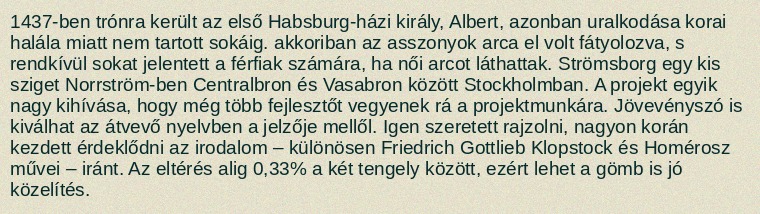
1437-ben trónra került az első Habsburg-házi király, Albert, azonban uralkodása korai halála miatt nem tartott sokáig. akkoriban az asszonyok arca el volt fátyolozva, s rendkívül sokat jelentett a férfiak számára, ha női arcot láthattak. Strömsborg egy kis sziget Norrström-ben Centralbron és Vasabron között Stockholmban. A projekt egyik nagy kihívása, hogy még több fejlesztőt vegyenek rá a projektmunkára. Jövevényszó is kiválhat az átvevő nyelvben a jelzője mellől. Igen szeretett rajzolni, nagyon korán kezdett érdeklődni az irodalom – különösen Friedrich Gottlieb Klopstock és Homérosz művei – iránt. Az eltérés alig 0,33% a két tengely között, ezért lehet a gömb is jó közelítés.